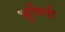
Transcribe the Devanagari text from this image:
भूमिसी